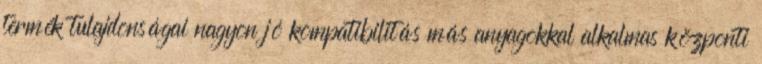
termék tulajdonságai nagyon jó kompatibilitás más anyagokkal alkalmas központi